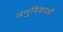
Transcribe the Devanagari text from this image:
अणुविकाओं